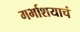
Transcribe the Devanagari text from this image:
गर्भाशयाचं